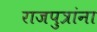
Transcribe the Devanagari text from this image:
राजपुत्रांना